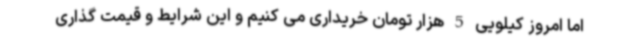
اما امروز کیلویی 5 هزار تومان خریداری می کنیم و این شرایط و قیمت گذاری